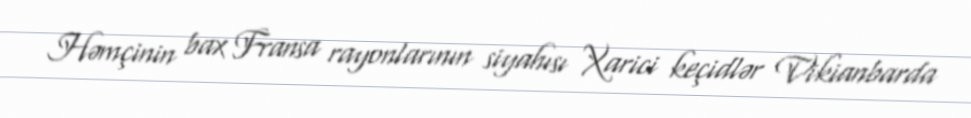
Həmçinin bax Fransa rayonlarının siyahısı Xarici keçidlər Vikianbarda